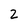
Character: 2